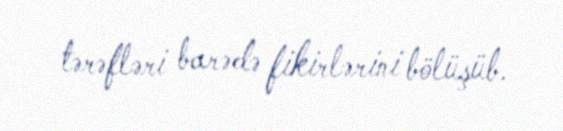
tərəfləri barədə fikirlərini bölüşüb.